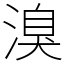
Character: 溴